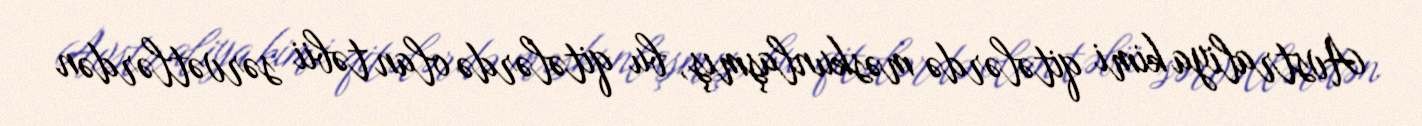
Avstraliya kimi qitələrdə məskunlaşmış, bu qitələrdə olan təbii sərvətlərdən